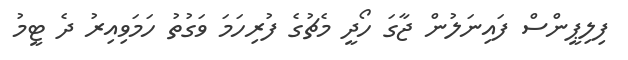
ފިލިޕީންސް ފައިނަލުން ޖާގަ ހޯދީ މެޗުގެ ފުރިހަމަ ވަގުތު ހަމަވިއިރު ދެ ޓީމު